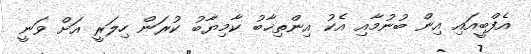
އެފްބީއައި އިން ބުނުމާއި އެކު އިންތިޚާބު ކާމިޔާބު ކުރަން ހިލަރީ އަށް ވަނީ